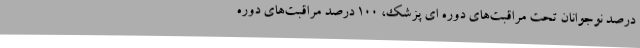
درصد نوجوانان تحت مراقبت‌های دوره ای پزشک، 100 درصد مراقبت‌های دوره